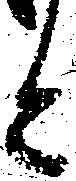
と